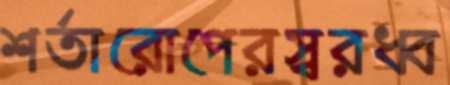
শর্তারোপেরস্বরধ্ব